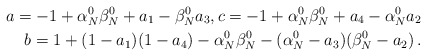
\begin{align*}a= -1+\alpha_N^0\beta_N^0 +a_1-\beta_N^0 a_3, c= -1+ \alpha_N^0\beta_N^0 +a_4-\alpha_N^0a_2\\b= 1+ (1-a_1)(1-a_4) -\alpha_N^0\beta_N^0- (\alpha_N^0-a_3)(\beta_N^0 -a_2)\, .\end{align*}